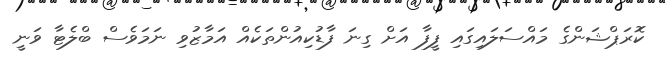
ކޮރަޕްޝަންގެ މައްސަލައިގައި ފީފާ އަށް ގިނަ ފާޑުކިއުންތަކެއް އަމާޒުވި ނަމަވެސް ބްލެޓާ ވަނީ